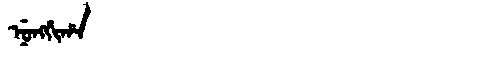
Manchu: ᠨᡠᠩᡤᡳᡥᠠ
Romanization: NUNGGIHA